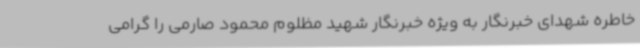
خاطره شهدای خبرنگار به ویژه خبرنگار شهید مظلوم محمود صارمی را گرامی